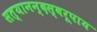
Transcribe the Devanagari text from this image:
सत्यानन्दस्वरूपाय